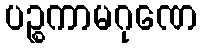
ပဉ္စကာမဂုဏေ